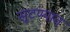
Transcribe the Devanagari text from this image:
सूटण्यात